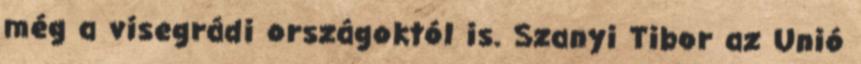
még a visegrádi országoktól is. Szanyi Tibor az Unió